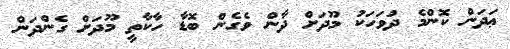
ޢަދަން ކޮންމެ ދުވަހަކު މޫދަށް ދާން ވެގެން ބޮޑާ ހާކާތީ މޫދަށް ގެންދަން